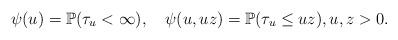
LaTeX: \begin{align*}\psi(u)=\mathbb{P}(\tau_{u}<\infty),\quad\psi(u,uz)=\mathbb{P}(\tau_{u}\leq uz),u,z>0.\end{align*}